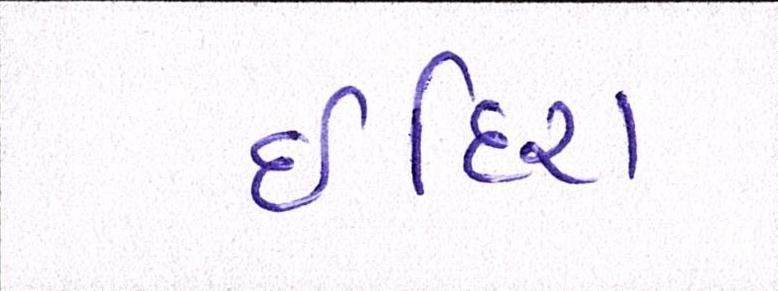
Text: ઈંદિરા